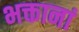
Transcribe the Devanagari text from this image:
भक्तानां